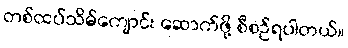
တစ်ထပ်သိမ်ကျောင်း ဆောက်ဖို့ စီစဉ်ရပါတယ်။